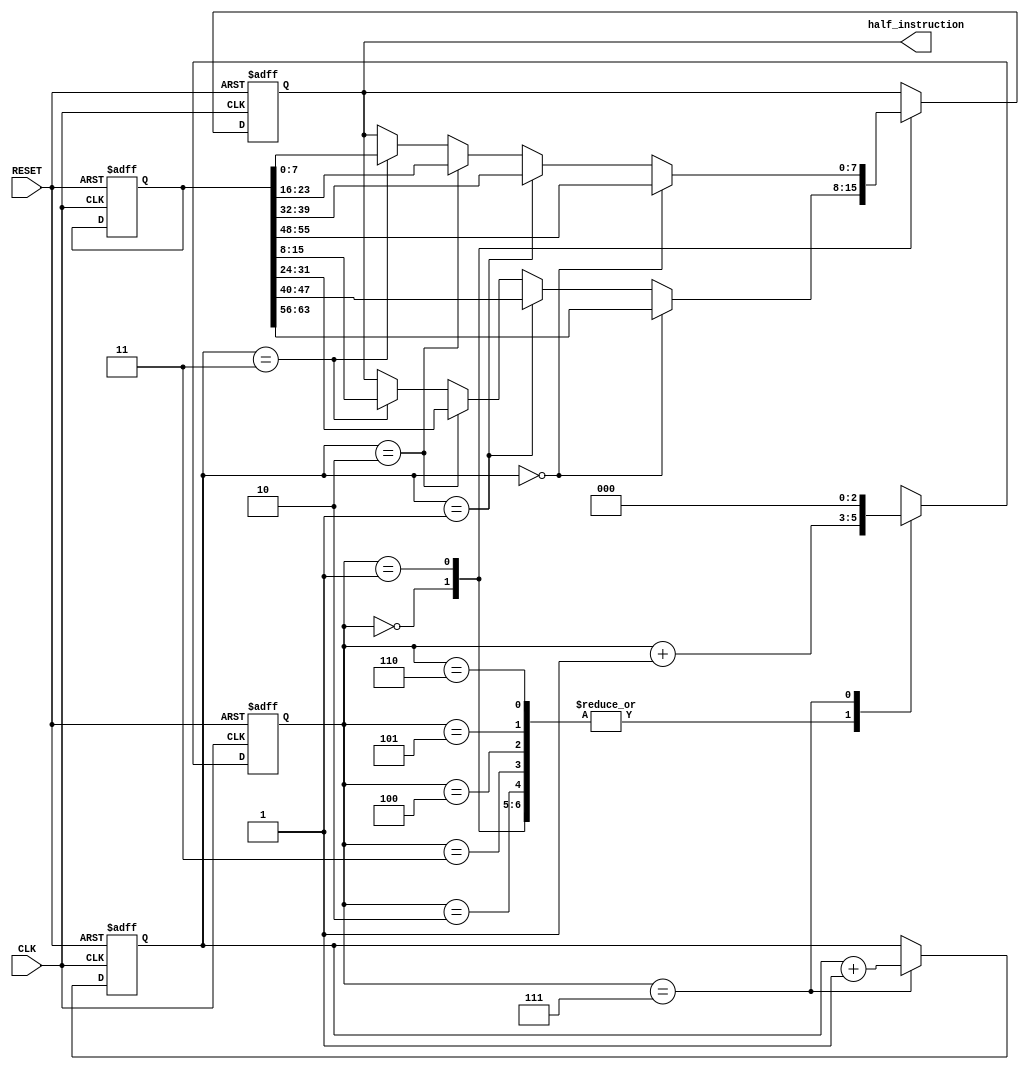

module Machine_Code_ROM_Module(
	input CLK,
	input RESET,
	output [7:0] half_instruction
    );
	 
	 //inside all instructions 
	 reg[63:0] ALL_instruction;
	 //output instructions 
	 reg[7:0] output_instruction;
	 //clock counter
	 reg [2:0] clock;
	 //instruction counter
	 reg [1:0] instruction_counter;
	 //
	 assign half_instruction = output_instruction;
	 
	 //parameters
	 parameter
		CLK1 = 3'd0,
		CLK2 = 3'd1,
		CLK3 = 3'd2,
		CLK4 = 3'd3,
		CLK5 = 3'd4,
		CLK6 = 3'd5,
		CLK7 = 3'd6,
		CLK8 = 3'd7;
	 //sequential output
	 always@(posedge CLK or negedge RESET )
		if(!RESET)
			begin
				clock <= 3'd0;
				output_instruction <= 8'b0000_0000;
				instruction_counter <= 2'b00;
				//the real mannul instructions!
				//Example_1_:|32+16-64|
				//MOV AL, 32
				//ALL_instruction[63:48] <= 16'b000_1_1_000_00100000;
				//ADD AL, 16
				//ALL_instruction[47:32] <= 16'b001_1_1_000_00010000;
				//SUB AL, 64
				//ALL_instruction[31:16] <= 16'b010_1_1_000_01000000;
				//ABS AL
				//ALL_instruction[15:0] <= 16'b011_0_z_000_zzzzzzzz;
				//Example_2_:|28+54-91|
				//MOV AL, 28
				ALL_instruction[63:48] <= 16'b000_1_1_000_00011100;
				//ADD AL, 54
				ALL_instruction[47:32] <= 16'b001_1_1_000_00110110;
				//SUB AL, 91
				ALL_instruction[31:16] <= 16'b010_1_1_000_01011011;
				//ABS AL
				ALL_instruction[15:0] <= 16'b011_0_z_000_zzzzzzzz;
			end
		else
			case(clock)
				CLK1: 
					begin
						clock <= clock + 1'b1;
						if(instruction_counter == 2'b00)
							output_instruction <= ALL_instruction[63:56];
						else if(instruction_counter == 2'b01)
							output_instruction <= ALL_instruction[47:40];
						else if(instruction_counter == 2'b10)
							output_instruction <= ALL_instruction[31:24];
						else if(instruction_counter == 2'b11)
							output_instruction <= ALL_instruction[15:8];
					end
				CLK2:
					begin
						clock <= clock + 1'b1;
						if(instruction_counter == 2'b00)
							output_instruction <= ALL_instruction[55:48];
						else if(instruction_counter == 2'b01)
							output_instruction <= ALL_instruction[39:32];
						else if(instruction_counter == 2'b10)
							output_instruction <= ALL_instruction[23:16];
						else if(instruction_counter == 2'b11)
							output_instruction <= ALL_instruction[7:0];
						
					end
				CLK3:	clock <= clock + 1'b1;
				CLK4: clock <= clock + 1'b1;
				CLK5: clock <= clock + 1'b1;
				CLK6: clock <= clock + 1'b1;
				CLK7: clock <= clock + 1'b1;
				CLK8:
					begin
						clock <= 3'd0;
						instruction_counter <= instruction_counter + 1'b1;
					end
				default: 
					begin
						clock <= 3'd0;
						//the real mannul instructions!
						//Example_1_:|10+10-(-7)|
						//MOV AL, 10
						//ALL_instruction[63:48] <= 16'b000_1_1_000_00100000;
						//ADD AL, 10
						//ALL_instruction[47:32] <= 16'b001_1_1_000_00010000;
						//SUB AL, -7
						//ALL_instruction[31:16] <= 16'b010_1_1_000_01000000;
						//ABS AL
						//ALL_instruction[15:0] <= 16'b011_0_z_000_zzzzzzzz;
						//Example_2_:|28+54-91|
						//MOV AL, 28
						ALL_instruction[63:48] <= 16'b000_1_1_000_00011100;
						//ADD AL, 54
						ALL_instruction[47:32] <= 16'b001_1_1_000_00110110;
						//SUB AL, 91
						ALL_instruction[31:16] <= 16'b010_1_1_000_01011011;
						//ABS AL
						ALL_instruction[15:0] <= 16'b011_0_z_000_zzzzzzzz;
						output_instruction <= 8'bzzzz_zzzz;
						instruction_counter <= 2'b00;
					end
			endcase
			
		
	 


endmodule